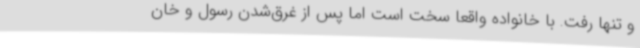
و تنها رفت. با خانواده واقعا سخت است اما پس از غرق‌شدن رسول و خان